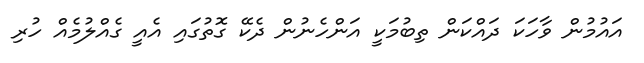
އައުމުން ވާހަކަ ދައްކަން ތިބުމަކީ އަންހެނުން ދެކޭ ގޮތުގައި އެއީ ގެއްލުމެއް ހުރި